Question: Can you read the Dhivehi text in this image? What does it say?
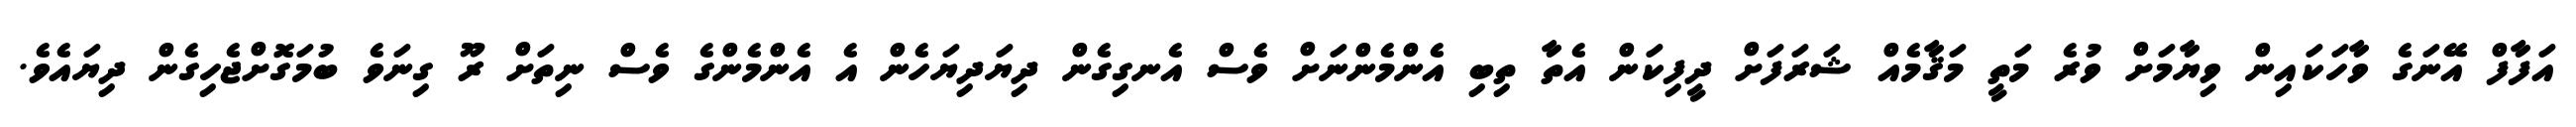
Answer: އަފާފް އޭނަގެ ވާހަކައިން ވިޔާމަށް ވުރެ މަތީ މަޤާމެއް ޝަރަފަށް ދީފިކަން އެތާ ތިބި އެންމެންނަށް ވެސް އެނގިގެން ދިޔަދިޔަހެން އެ އެންމެންގެ ވެސް ނިތަށް ރޫ ގިނަވެ ބުމަގޮށްޖެހިގެން ދިޔައެވެ.